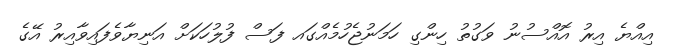
އިއްޔެ އިރު އޮއްސުނު ވަގުތު ހިންގި ހަމަނުޖެހުމެއްގައ ފަސް ފުލުހަކަށް އަނިޔާވެފައިވާއިރު އޭގެ